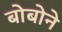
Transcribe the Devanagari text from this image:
बोबोने